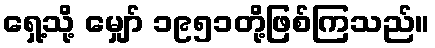
ရှေ့သို့ မျှော် ၁၉၅၁တို့ဖြစ်ကြသည်။